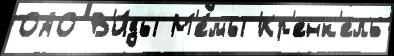
ОАО В'и́ды М'е́мы Кр'енк'ель